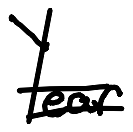
Text: Year
Cross-out: double-line
Writing tool: digital_black